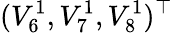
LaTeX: (V_{6}^{1},V_{7}^{1},V_{8}^{1})^{\top}